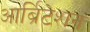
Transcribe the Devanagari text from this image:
आर्ब्रिटेशन